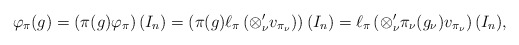
\begin{align*}\varphi_{\pi}(g)=\left(\pi(g)\varphi_{\pi}\right)(I_n)=\left(\pi(g)\ell_{\pi}\left(\otimes_\nu ^\prime v_{\pi_{\nu}}\right)\right)(I_n)=\ell_{\pi}\left(\otimes_\nu ^\prime \pi_{\nu}(g_\nu)v_{\pi_{\nu}}\right)(I_n),\end{align*}